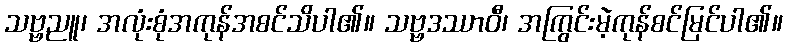
သဗ္ဗညူ၊ အလုံးစုံအကုန်အစင်သိပါ၏။ သဗ္ဗဒဿာဝီ၊ အကြွင်းမဲ့ကုန်စင်မြင်ပါ၏။